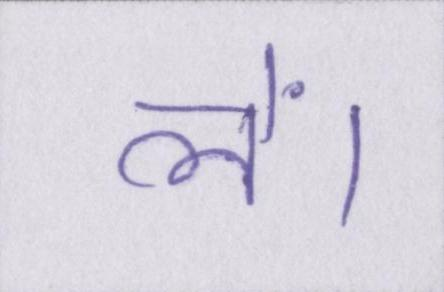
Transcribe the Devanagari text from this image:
लें।